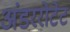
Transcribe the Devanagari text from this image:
अंडररोटेट